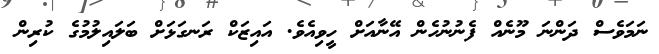
ނަމަވެސް ދަންނަ މޫނެއް ފެނުނުހެން އޭނާއަށް ހީވިއެވެ. އައިޒަކް ރަނގަޅަށް ބަލައިލުމުގެ ކުރިން